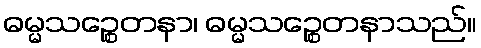
ဓမ္မသဉ္စေတနာ၊ ဓမ္မသဉ္စေတနာသည်။